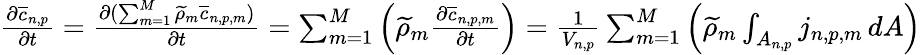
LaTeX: \begin{array}{r}{\frac{\partial\overline{{c}}_{n,p}}{\partial t}=\frac{\partial(\sum_{m=1}^{M}\widetilde{\rho}_{m}\overline{{c}}_{n,p,m})}{\partial t}=\sum_{m=1}^{M}\left(\widetilde{\rho}_{m}\frac{\partial\overline{{c}}_{n,p,m}}{\partial t}\right)=\frac{1}{V_{n,p}}\sum_{m=1}^{M}\left(\widetilde{\rho}_{m}\int_{A_{n,p}}j_{n,p,m}\, dA\right)}\end{array}